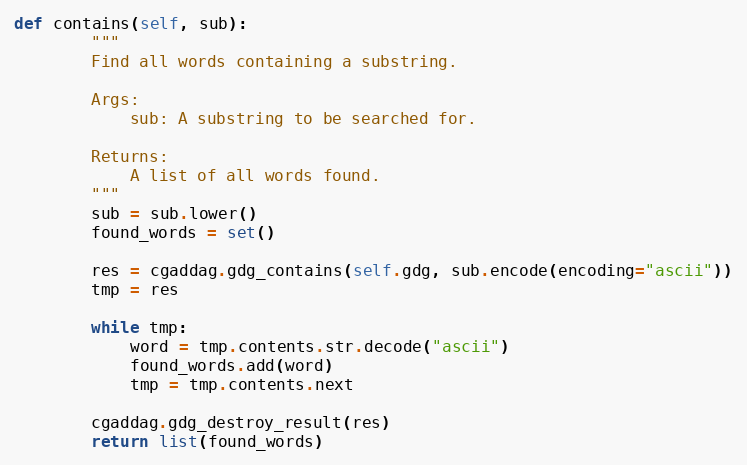
Language: Python
def contains(self, sub):
        """
        Find all words containing a substring.

        Args:
            sub: A substring to be searched for.

        Returns:
            A list of all words found.
        """
        sub = sub.lower()
        found_words = set()

        res = cgaddag.gdg_contains(self.gdg, sub.encode(encoding="ascii"))
        tmp = res

        while tmp:
            word = tmp.contents.str.decode("ascii")
            found_words.add(word)
            tmp = tmp.contents.next

        cgaddag.gdg_destroy_result(res)
        return list(found_words)